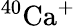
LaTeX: ^{40}{\mathrm{Ca}}^{+}